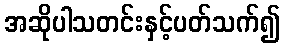
အဆိုပါသတင်းနှင့်ပတ်သက်၍